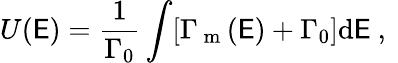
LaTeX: U(\mathsf{E})=\frac{{1}}{{\Gamma_{0}}}\int[\Gamma_{\mathrm{{~m~}}}(\mathsf{E})+\Gamma_{0}]\mathrm{{d}}\mathsf{E}\mathrm{{~,~}}